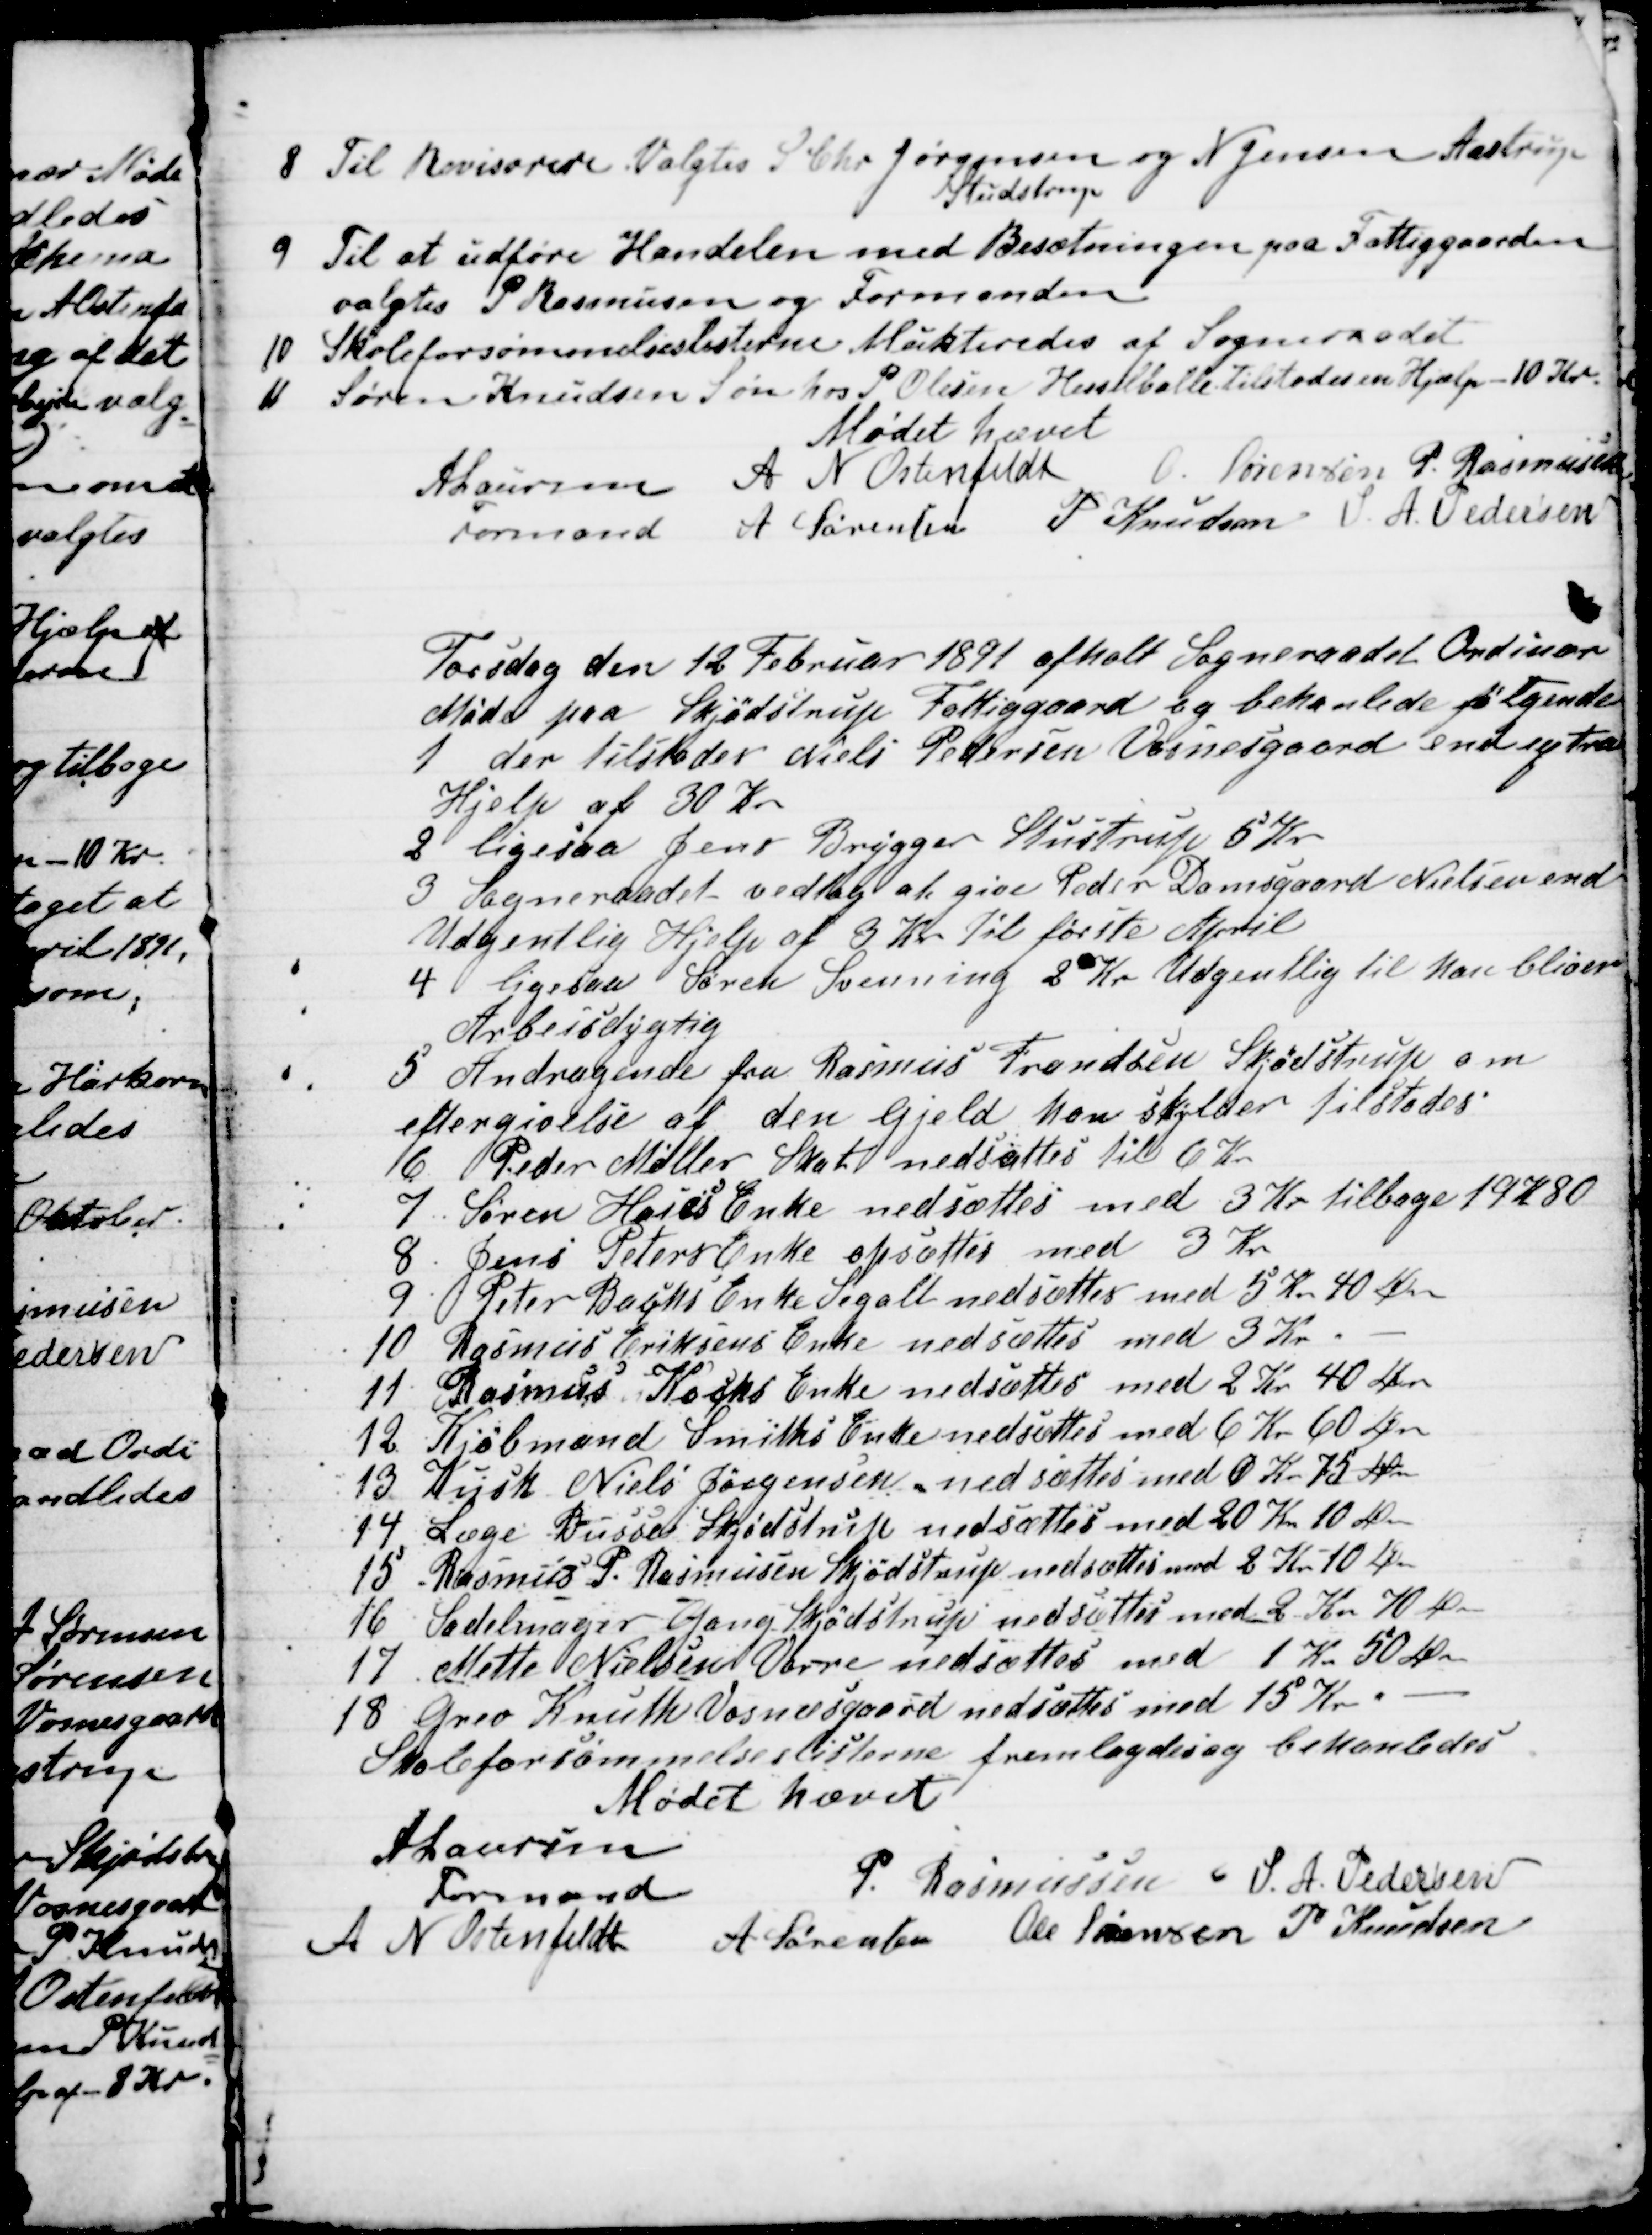
Transskription:
8. Til Revisorere Valgtes S. Chr Jørgensen 
Studstrup
og N Jensen Aastrup
9. Til at udføre Handelen med Besætningen paa Fattiggaarden
valgtes P Rasmussen og Formanden
10. Skoleforsømmelseslisterne Mukteredes af Sogneraadet 
11 Søren Knudsen Søn hos P. Olesen Hesselballe tilstodes en Hjælp - 10 Kr.
Mødet hævet
A Laursen 
Formand 
A N Ostenfeldt
O. Sørensen P. Rasmussen
A Sørensen P Knudsen S. A. Pedersen
Torsdag den 12 Februar 1891 afholt Sogneraadet Ordinær
Møde paa Skjødstrup Fattiggaard og behanlede følgende
1 der tilstodes Niels Pedersen Vosnesgaard end extra
Hjelp af 30 Kr
2 ligesaa Jens Brygger Stustrup 5 Kr
3 Sogneraadet vedtog at give Peder Damsgaard Nielsen end
Udgentlig Hjelp af 3 Kr. til første April
4 ligesaa Søren Svenning 2 Kr Udgentlig til Han bliver
Arbejsdygtig
5 Andragende fra Rasmus Frandsen Skjødstrup om
eftergivelse af den Gjeld han skylder tilstodes
6 Peder Mølles Skat nedsættes til 6 Kr
7
Søren Hoies Enke nedsættes med 3 Kr tilbage 19 K 80
8. Jens Peters Enke opsættes med 3 Kr
9. Peter Bachs Enke Segalt nedsættes med 5 Kr 40 Øre
10
Rasmus Eriksens Enke nedsættes med 3 Kr.
11
Rasmus Kochs Enke nedsættes med 2 Kr 40 Kr
12
Kjøbmand Smiths Enke nedsættes med 6 Kr 60 Øre
13 Kusk Niels Jørgensen nedsættes med 0 Kr. 75 Øre
14
Læge Busse Skjødstrup nedsættes med 20 Kr 10 Øre
15 Rasmus P. Rasmussen Skjødstrup nedsættes med 8 Kr 10 Øre
16
Sadelmager Gang Skødstrup nedsættes med 2 Kr 70 Øre
17
Mette Nielsen Vorre nedsættes med 1 Kr 50 Øre
18
Grev Knuth Vosnæsgaard nedsættes med 15 Kr.
Skoleforsømmelseslisterne fremlagdes og behanledes
Mødet hævet
A Laursen
Formand
P. Rasmussen S. A. Pedersen
A N Ostenfeldt
A Sørensen Ole Sørensen P Knudsen